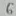
Text: 6